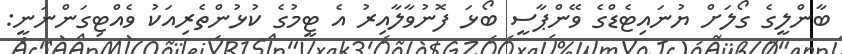
ބާންލީގެ ގޯލަށް ޔުނައިޓެޑްގެ ވޭންޕާސީ ބޯޅަ ފޮނުވާލާއިރު އެ ޓީމުގެ ކުޅުންތެރިއަކު ވެއްޓިގަންނަނީ: